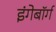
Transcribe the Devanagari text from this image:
इंगेबॉर्ग